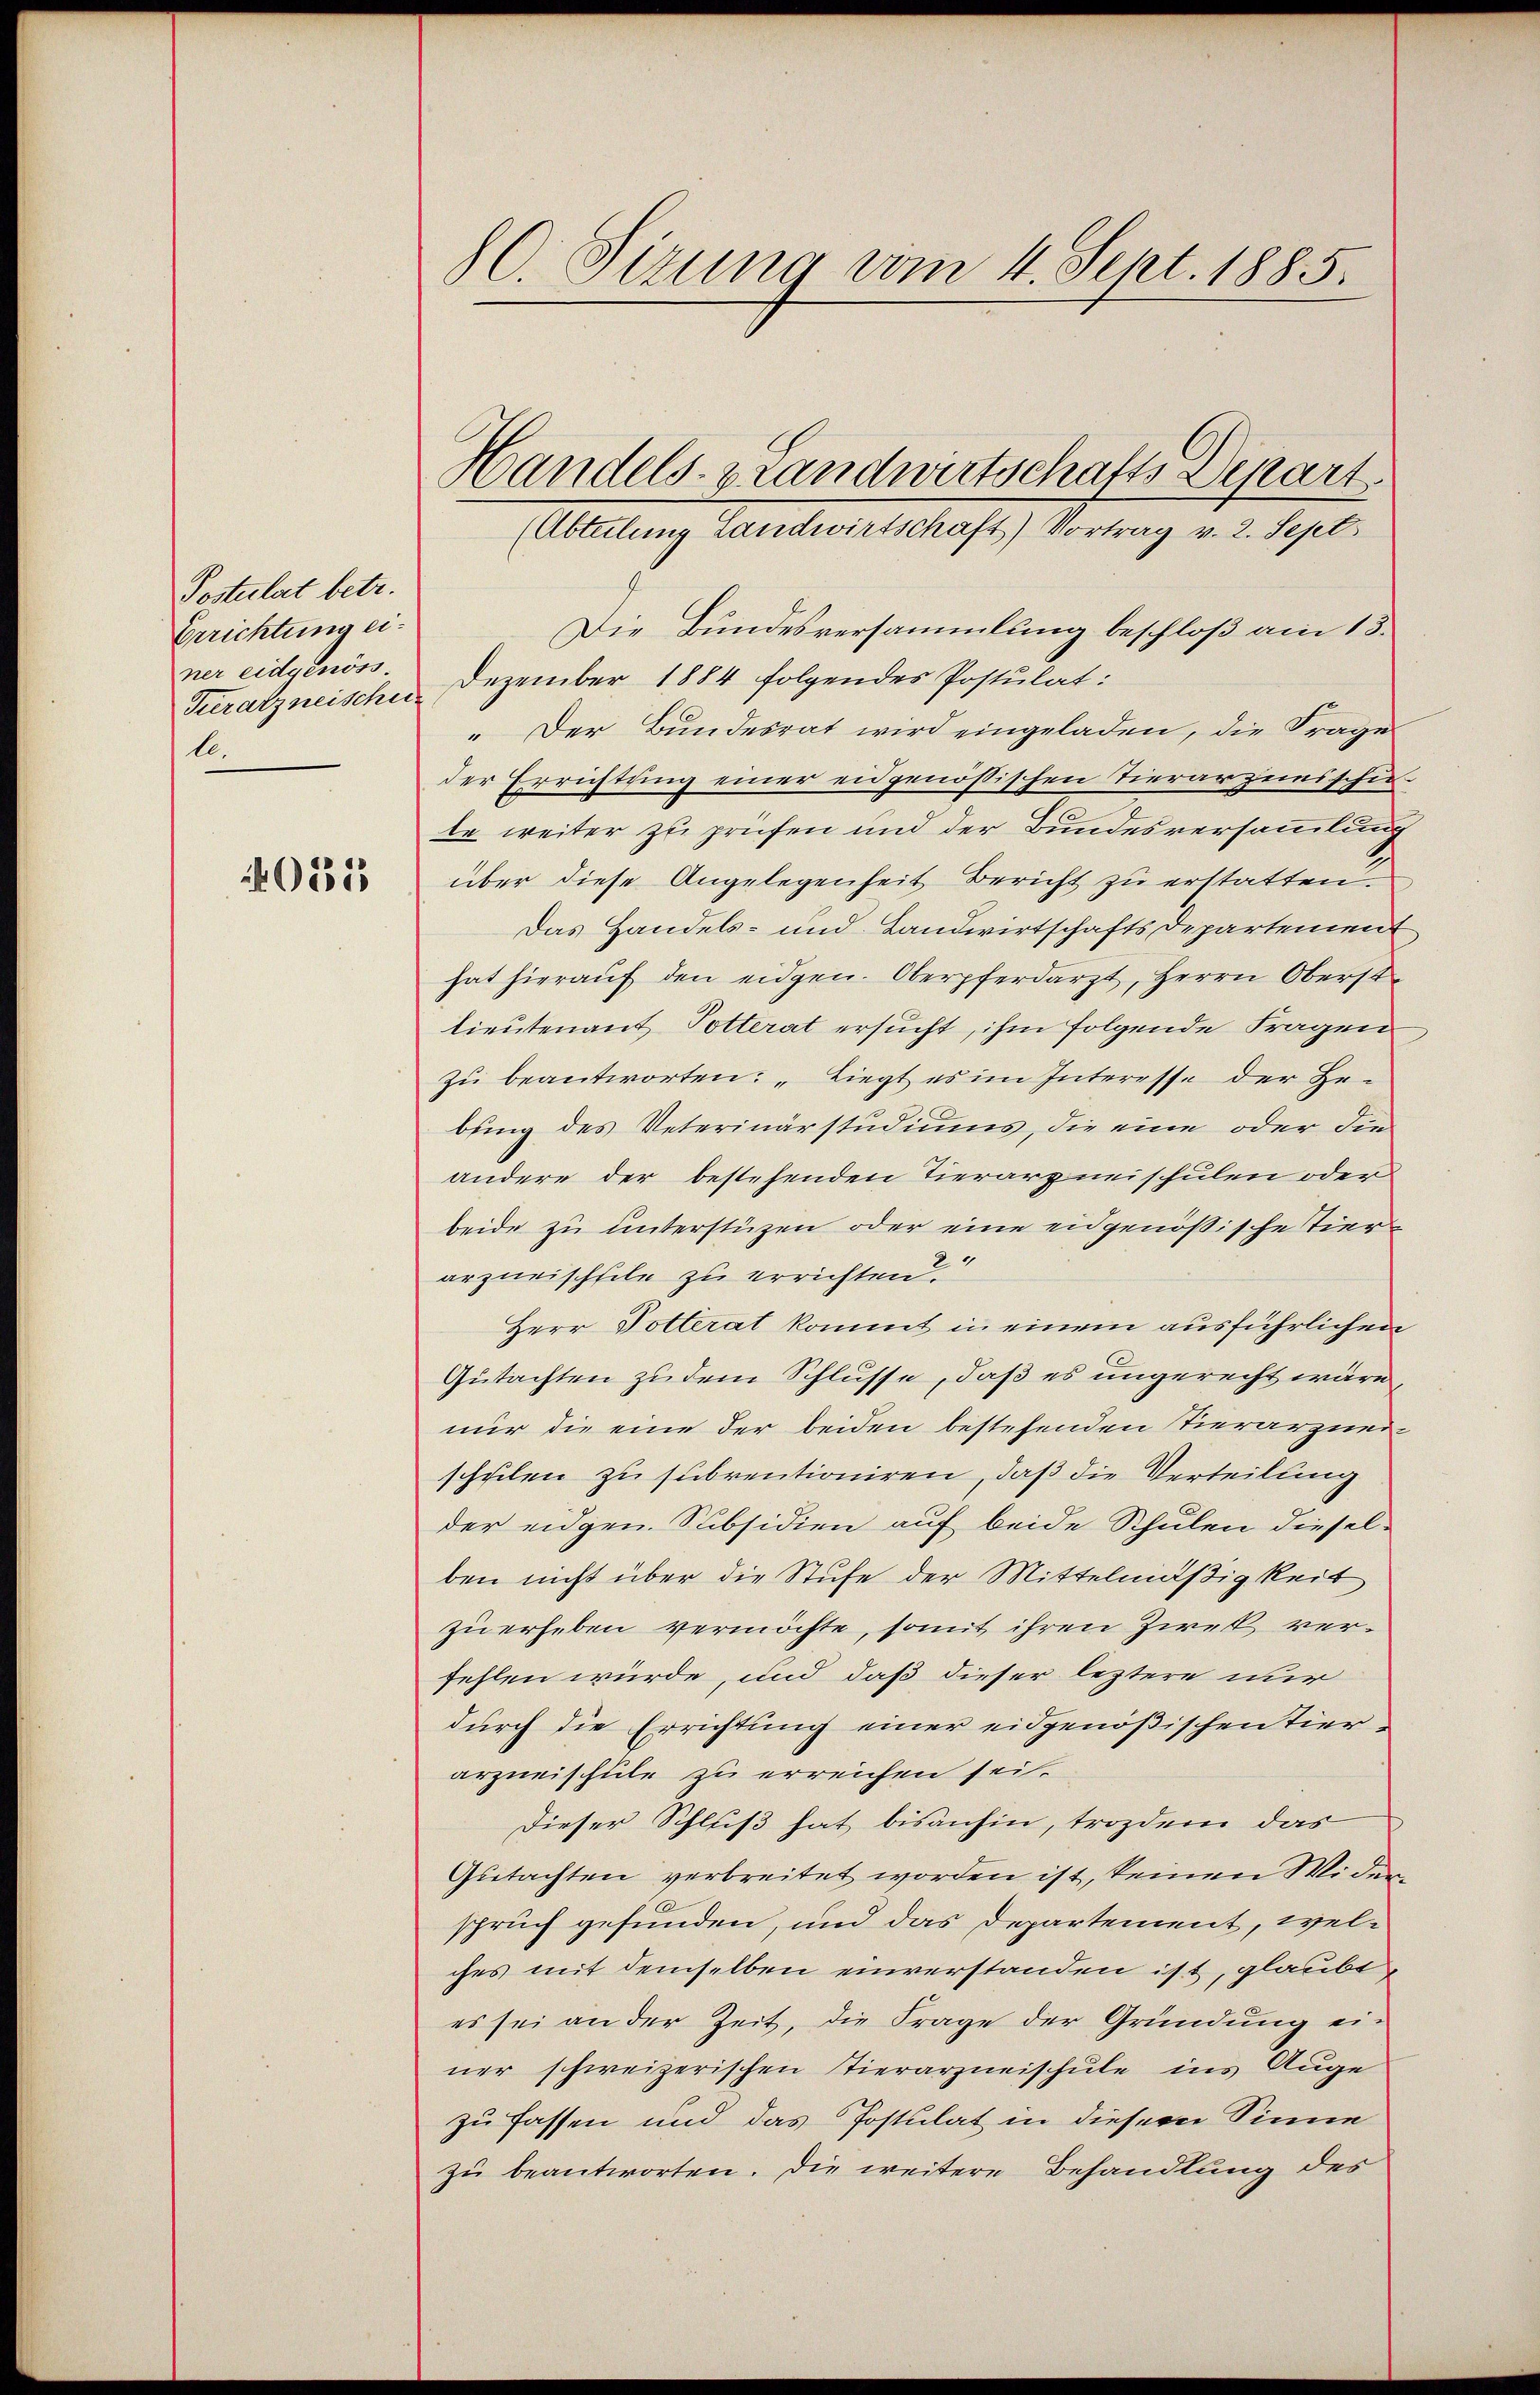
Postulat betr.
Errichtung einer eidgenöss
Tuerarzneischen
l.

0515

80 Sizung vom 4. Sept. 1885.

Die Bundesversammlung beschloß am 13.
Dezember 1884 folgendes Postulat:
" Der Bundesrat wird eingeladen, die Frage
der Errichtung einer eidgenössischen Tierarziusschen
te weiter zu prüfen und der Bundesversammlung
über diese Angelegenheit Bericht zu erstatten
Das Handels- und Landwirtschafts Departement
hat hieraŭf den eidgen. Oberpferdarzt, Herrn Oberst
lieutenant Polterat ersucht, ihm folgende Fragen
zŭ beantworten: „Liegt es im Interesse der Be-
bung des Veterinärstudiums, die eine oder die
andere der bestehenden Tierarzneischulen oder
beide zu unterstützen oder eine eidgenößische Tier
9
arzneischfile zu errichten.
Herr Dotterat kommt in einem ausführlichen
Gutachten zudem Schlüsse, daß es ungerecht wäre,
nur die eine der beiden bestehenden Tierarznei
schulen zu subventioniren, daß die Verteilung
der eidgen. Subsidien auf beide Schulen diesel-
ben nicht über die Stufe der Mittelmäßigkeit
zu erheben vermöchte, somit ihren Zick verfehlen würde, und daß dieser leztere nur
durch die Errichtung einer eidgenößischen Tierarzneischule zu erreichen sei.
Dieser Schluß hat bisanhin, trozdem das
Gutachten verbreitet worden ist, keinen Wider
spruch gefunden, und das Departement, welches mit demselben einverstanden ist, glaubt,
es sei an der Zeit, die Frage der Gründung ei-
ner schweizerischen Tierarzneischule ins Auge
zu fassen und das Postulat in diesem Sinne
zu beantworten. Die weitere Behandlung des

Handels- & Landwirtschafts Depart
(Abteilung Landwirtschaft) Vortrag v. 2. Sept